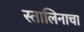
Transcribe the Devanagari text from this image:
स्तालिनाचा